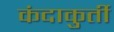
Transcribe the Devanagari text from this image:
कंदाकुर्ती